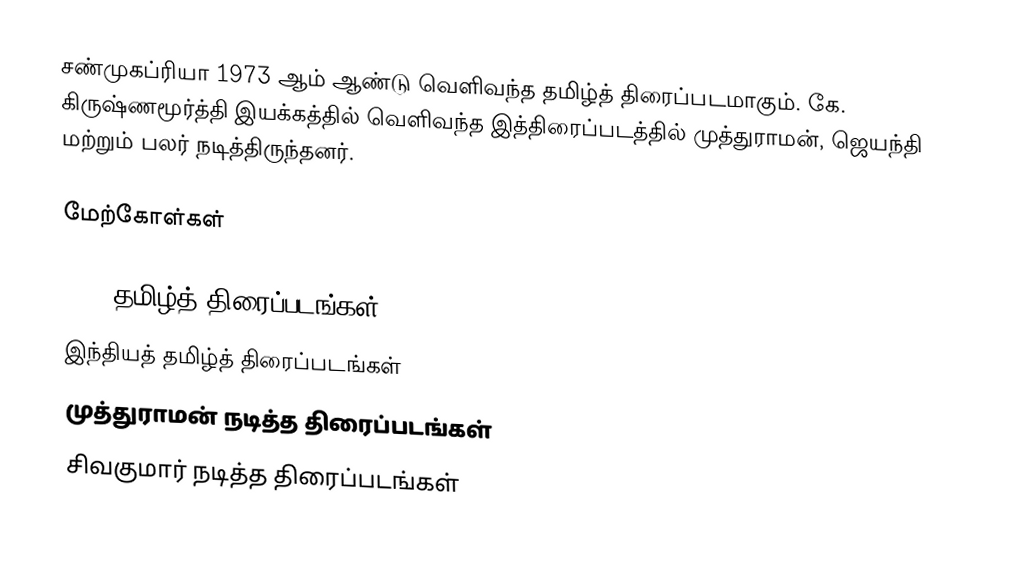
சண்முகப்ரியா 1973 ஆம் ஆண்டு வெளிவந்த தமிழ்த் திரைப்படமாகும். கே. கிருஷ்ணமூர்த்தி இயக்கத்தில் வெளிவந்த இத்திரைப்படத்தில் முத்துராமன், ஜெயந்தி மற்றும் பலர் நடித்திருந்தனர்.

மேற்கோள்கள்

1973 தமிழ்த் திரைப்படங்கள்
இந்தியத் தமிழ்த் திரைப்படங்கள்
முத்துராமன் நடித்த திரைப்படங்கள்
சிவகுமார் நடித்த திரைப்படங்கள்